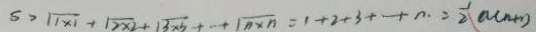
S > \sqrt { 1 \times 1 } + \sqrt { 2 \times 2 } + \sqrt { 3 \times 3 } + \cdot + \sqrt { n \times n } = 1 + 2 + 3 + \cdot + n _ { . } = \frac { 1 } { 2 } a ( n + 1 )